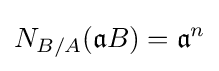
N_{B/A}({\mathfrak {a}}B)={\mathfrak {a}}^{n}